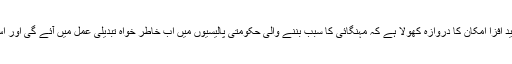
چنانچہ آٹے اور چینی کے حالیہ بحران میں اپنی حکومت کی کوتاہی کو تسلیم کرکے اس امید افزا امکان کا دروازہ کھولا ہے کہ مہنگائی کا سبب بننے والی حکومتی پالیسیوں میں اب خاطر خواہ تبدیلی عمل میں آئے گی اور اس کے مفید نتائج کو عوام میں نچلی سطح تک منتقل کرنے کا یقینی اہتمام بھی کیا جائے گا۔